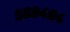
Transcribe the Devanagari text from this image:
५६८४०४